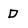
Character: D